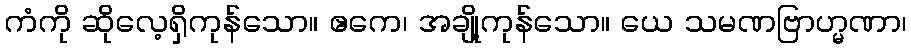
ကံကို ဆိုလေ့ရှိကုန်သော။ ဧကေ၊ အချို့ကုန်သော။ ယေ သမဏဗြာဟ္မဏာ၊